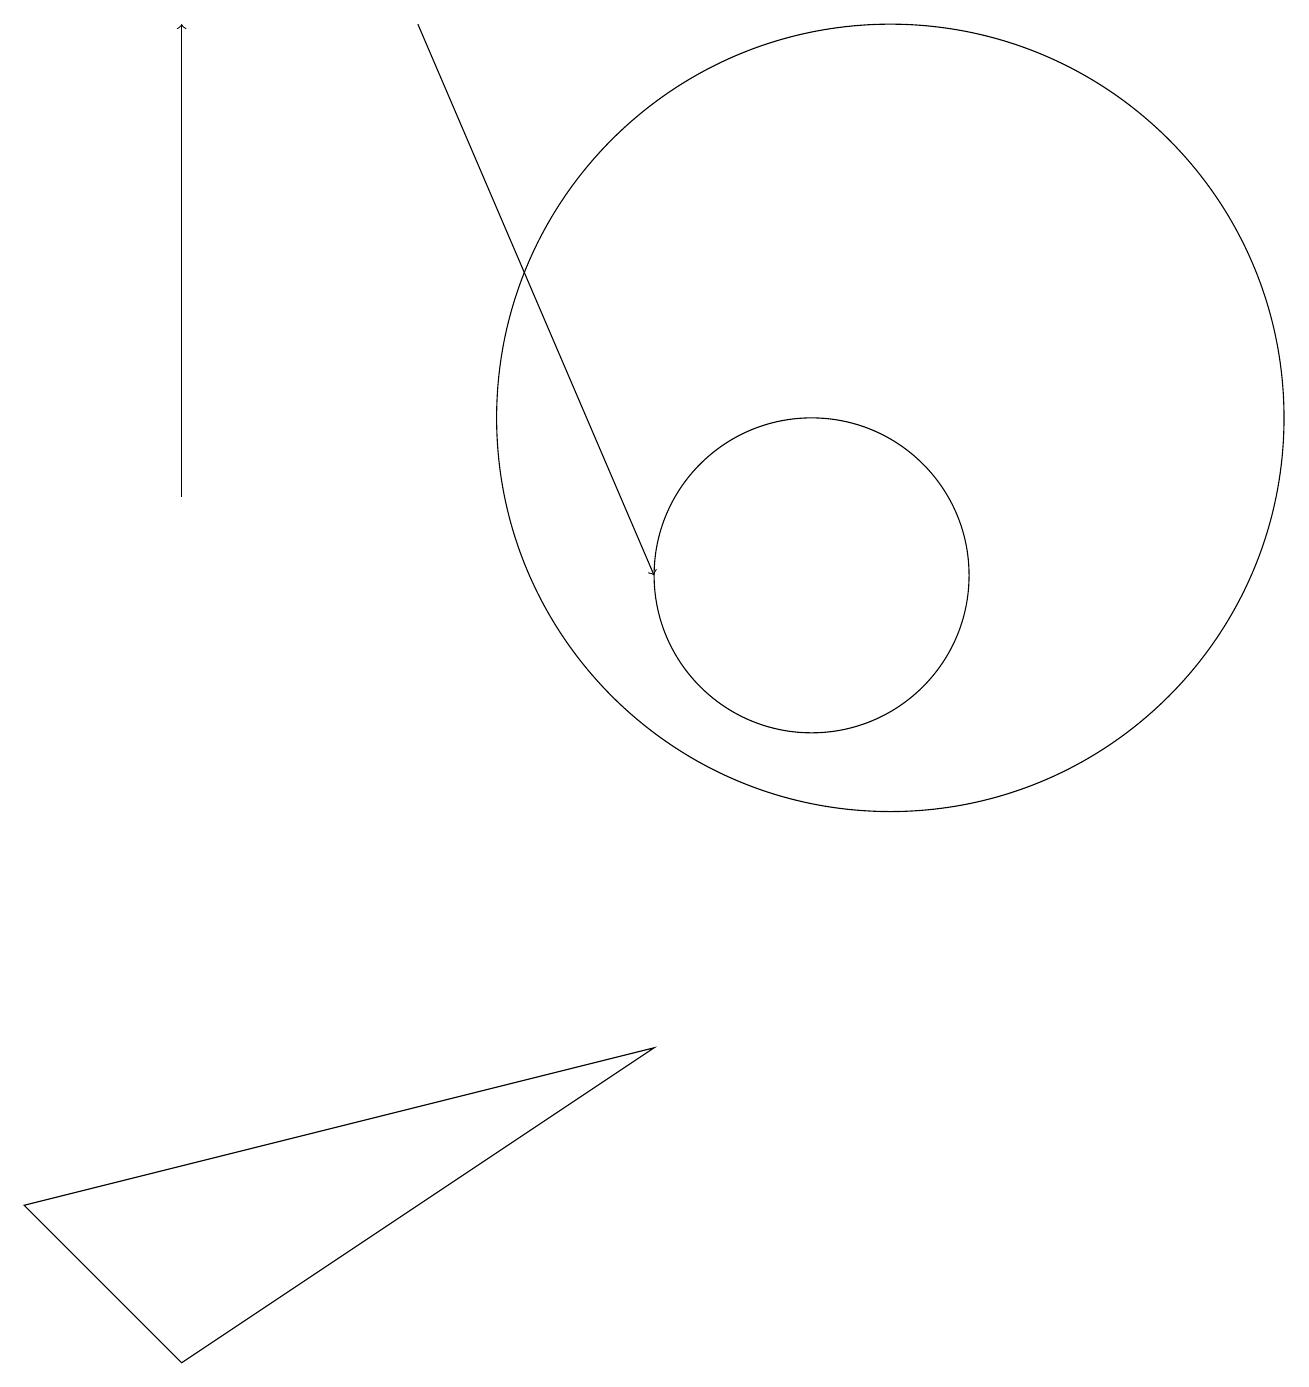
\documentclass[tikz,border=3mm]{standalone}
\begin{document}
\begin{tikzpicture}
\draw (2,0) -- (8,4) -- (0,2) -- cycle;
\draw[->] (5,17) -- (8,10);
\draw[->] (2,11) -- (2,17);
\draw (10,10) circle (2);
\draw (11,12) circle (5);
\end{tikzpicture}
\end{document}